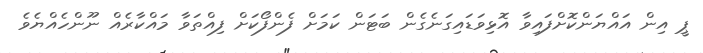
ޕީ އިން އައްޔަންކޮށްފައިވާ އޮޅިވަޑައިގަނެގެން ބަޓަން ކަމަށް ފެންފޯކަށް ފިއްތަވާ މައްކާރެއް ނޫންހެއްޔެވެ